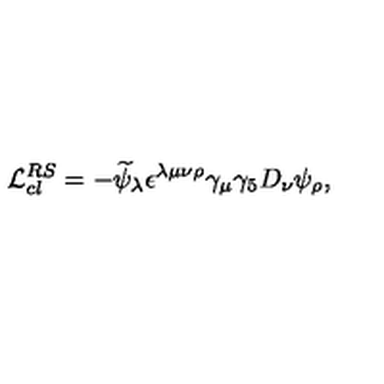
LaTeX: { \cal L } _ { c l } ^ { R S } = - { \widetilde \psi } _ { \lambda } \epsilon ^ { \lambda \mu \nu \rho } \gamma _ { \mu } \gamma _ { 5 } D _ { \nu } \psi _ { \rho } ,